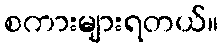
စကားများရတယ်။